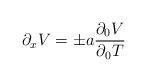
LaTeX: \begin{align*}\partial_x V = \pm a {\partial_0 V \over \partial_0 T}\end{align*}